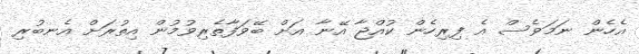
އެހެން ނަމަވެސް އެ ފިރިހެން ކުއްޖާ އޭނާ އަށް ބޭވަފާތެރިވުމުން އިތުރަށް އެނބުރި